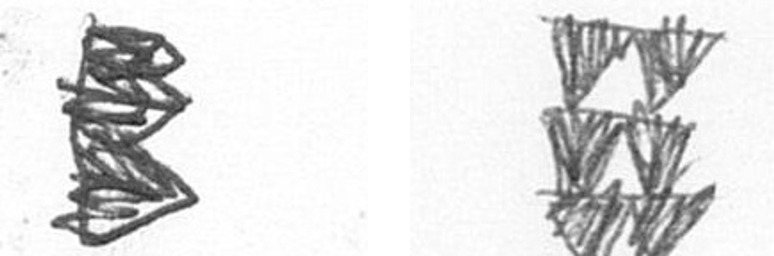
H Y